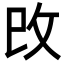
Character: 攺